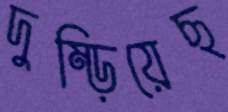
দুম্‌ড়িয়েছ